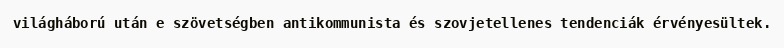
világháború után e szövetségben antikommunista és szovjetellenes tendenciák érvényesültek.